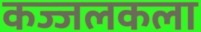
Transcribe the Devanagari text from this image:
कज्जलकला